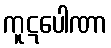
ကူဋပေါဏာ